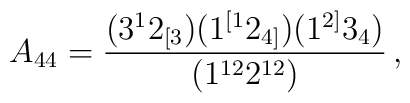
A_{44} = \frac{(3^1 2_{[3})(1^{[1} 2_{4]})(1^{2]}3_4)}{(1^{12}2^{12})} \, ,